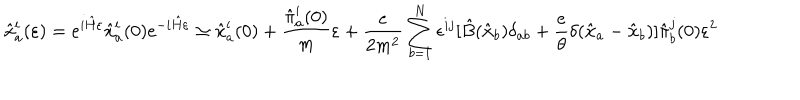
{ \hat { x } } _ { a } ^ { i } ( \varepsilon ) = e ^ { i { \hat { H } } \varepsilon } { \hat { x } } _ { a } ^ { i } ( 0 ) e ^ { - i { \hat { H } } \varepsilon } \simeq { \hat { x } } _ { a } ^ { i } ( 0 ) + { \frac { { \hat { \pi } } _ { a } ^ { i } ( 0 ) } { m } } \varepsilon + { \frac { e } { 2 m ^ { 2 } } } \sum _ { b = 1 } ^ { N } \epsilon ^ { i j } [ { \hat { B } } ( { \hat { \bf x } } _ { b } ) \delta _ { a b } + { \frac { e } { \theta } } \delta ( { \hat { \bf x } } _ { a } - { \hat { \bf x } } _ { b } ) ] { \hat { \pi } } _ { b } ^ { j } ( 0 ) \varepsilon ^ { 2 }